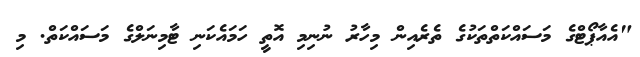
"އެއާޕޯޓްގެ މަސައްކަތްތަކުގެ ތެރެއިން މިހާރު ނުނިމި އޮތީ ހަމައެކަނި ޓާމިނަލްގެ މަސައްކަތް. މި